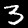
Digit: 3